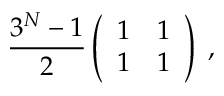
\frac { 3 ^ { N } - 1 } { 2 } \left( \begin{array} { c c } { { 1 } } & { { 1 } } \\ { { 1 } } & { { 1 } } \end{array} \right) \; ,